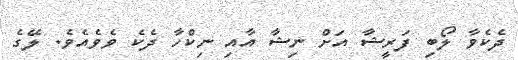
ދެކެވާ ލޯބި ފަރީޝާ އަށް ނިޝާ އާއި ނިކްހާ ދެކެ ވެވެއެވެ. ލޭގެ